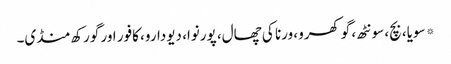
* سویا، بچ، سونٹھ، گوکھرو، ورنا کی چھال، پورنوا، دیودارو، کافور اور گورکھ منڈی۔